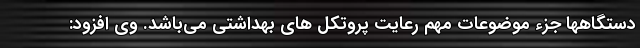
دستگاهها جزء موضوعات مهم رعایت پروتکل های بهداشتی می‌باشد. وی افزود: